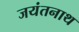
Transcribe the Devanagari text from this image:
जयंतनाथ